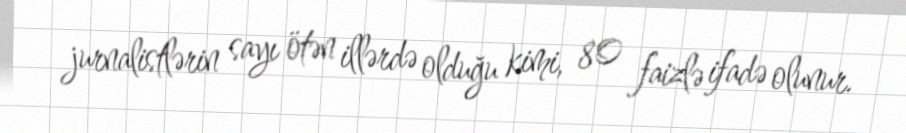
jurnalistlərin sayı ötən illərdə olduğu kimi, 80 faizlə ifadə olunur.